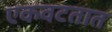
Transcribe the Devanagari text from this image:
एकवटतात